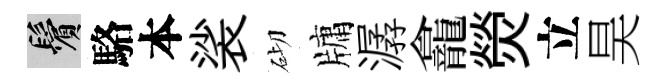
鬢駱本裟砌牗潺龕熒立昊